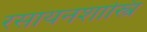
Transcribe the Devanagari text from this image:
रसायनशास्त्रि